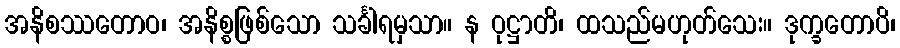
အနိစဿတောဝ၊ အနိစ္စဖြစ်သော သင်္ခါရမှသာ။ န ဝုဋ္ဌာတိ၊ ထသည်မဟုတ်သေး။ ဒုက္ခတောပိ၊